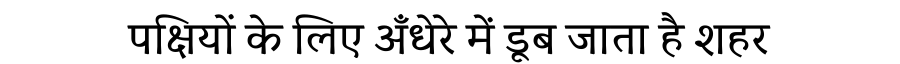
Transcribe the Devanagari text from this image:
पक्षियों के लिए अँधेरे में डूब जाता है शहर